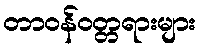
တာဝန်ဝတ္တရားများ